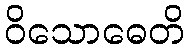
ဝိသောဓေတိ